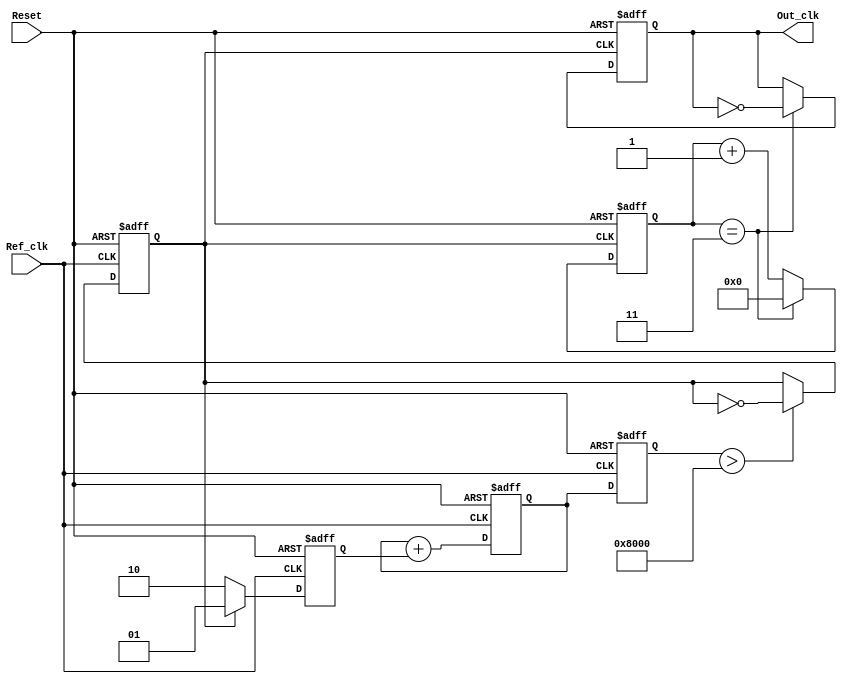
module PLL (
    input wire Ref_clk,           // Reference clock input
    input wire Reset,             // Reset signal
    output reg Out_clk            // Output clock
);

// Parameters
parameter DIV_FACTOR = 4;       // Divider factor for output clock

// Internal signals
reg [1:0] phase_error;          // Phase error signal
reg [15:0] control_voltage;      // Control voltage for VCO
reg vco_out;                    // VCO output clock
reg [15:0] loop_filter;          // Loop filter output

// Phase Detector
always @(posedge Ref_clk or posedge Reset) begin
    if (Reset) begin
        phase_error <= 2'b00;
    end else begin
        if (vco_out) begin
            phase_error <= 2'b01; // VCO out leads
        end else begin
            phase_error <= 2'b10; // VCO out lags
        end
    end
end

// Loop Filter (simple integrator)
always @(posedge Ref_clk or posedge Reset) begin
    if (Reset) begin
        control_voltage <= 16'b0;
        loop_filter <= 16'b0;
    end else begin
        loop_filter <= loop_filter + {14'b0, phase_error}; // Integrate phase error
        control_voltage <= loop_filter;                     // Control voltage for VCO
    end
end

// Voltage-Controlled Oscillator (VCO)
always @(posedge Ref_clk or posedge Reset) begin
    if (Reset) begin
        vco_out <= 1'b0;
    end else begin
        // VCO frequency adjustment logic based on control_voltage
        vco_out <= (control_voltage > 16'b1000000000000000) ? ~vco_out : vco_out; // Adjust toggle rate based on control voltage
    end
end

// Output Divider (for desired output clock frequency)
reg [15:0] divider_counter;
always @(posedge vco_out or posedge Reset) begin
    if (Reset) begin
        Out_clk <= 1'b0;
        divider_counter <= 16'b0;
    end else begin
        if (divider_counter == DIV_FACTOR - 1) begin
            Out_clk <= ~Out_clk;            // Toggle output clock
            divider_counter <= 16'b0;
        end else begin
            divider_counter <= divider_counter + 1'b1;
        end
    end
end

endmodule